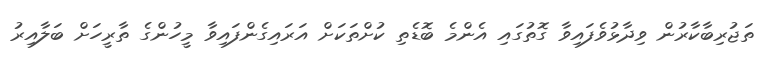
ތަޖުރިބާކާރުން ވިދާޅުވެފައިވާ ގޮތުގައި އެންމެ ބޮޑެތި ކުށްތަކަށް އަރައިގެންފައިވާ މީހުންގެ ތާރީހަށް ބަލާއިރު